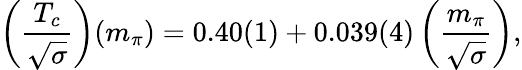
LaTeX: \left({\frac{T_{c}}{\sqrt{\sigma}}}\right)(m_{\pi})=0.40(1)+0.039(4)\left({\frac{m_{\pi}}{\sqrt{\sigma}}}\right),